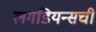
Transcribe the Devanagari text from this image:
लगडियन्सची